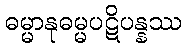
ဓမ္မာနုဓမ္မပဋိပန္နဿ